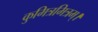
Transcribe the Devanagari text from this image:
कुमित्रमित्रम्।